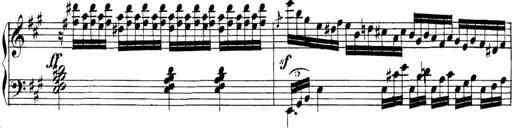
Title: Collected Piano Sonatas
Composer: Muzio Clementi